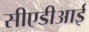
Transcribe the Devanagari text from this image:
सीएडीआई